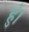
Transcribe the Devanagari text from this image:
हुं।